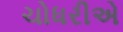
ચોધરીએ